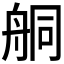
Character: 𦨴